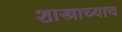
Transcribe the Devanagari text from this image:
शास्त्राच्याच